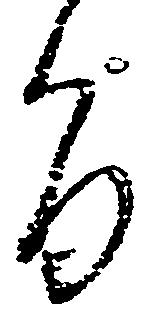
旨